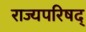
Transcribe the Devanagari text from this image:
राज्यपरिषद्